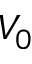
V _ { 0 }